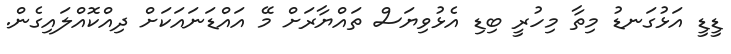
ޑީޑީ އަޅުގަނޑު މިތާ މިހުރީ ބިޑި އެޅުވިޔަސް ތައްޔާރަށް މޭ އައްޑަނައަކަށް ދިއްކޮއްލައިގެން.